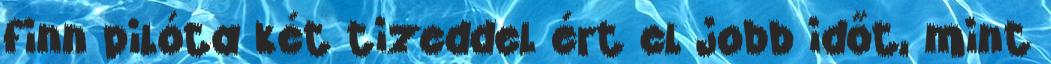
finn pilóta két tizeddel ért el jobb időt, mint